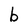
Character: b